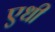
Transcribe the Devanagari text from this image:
एधी